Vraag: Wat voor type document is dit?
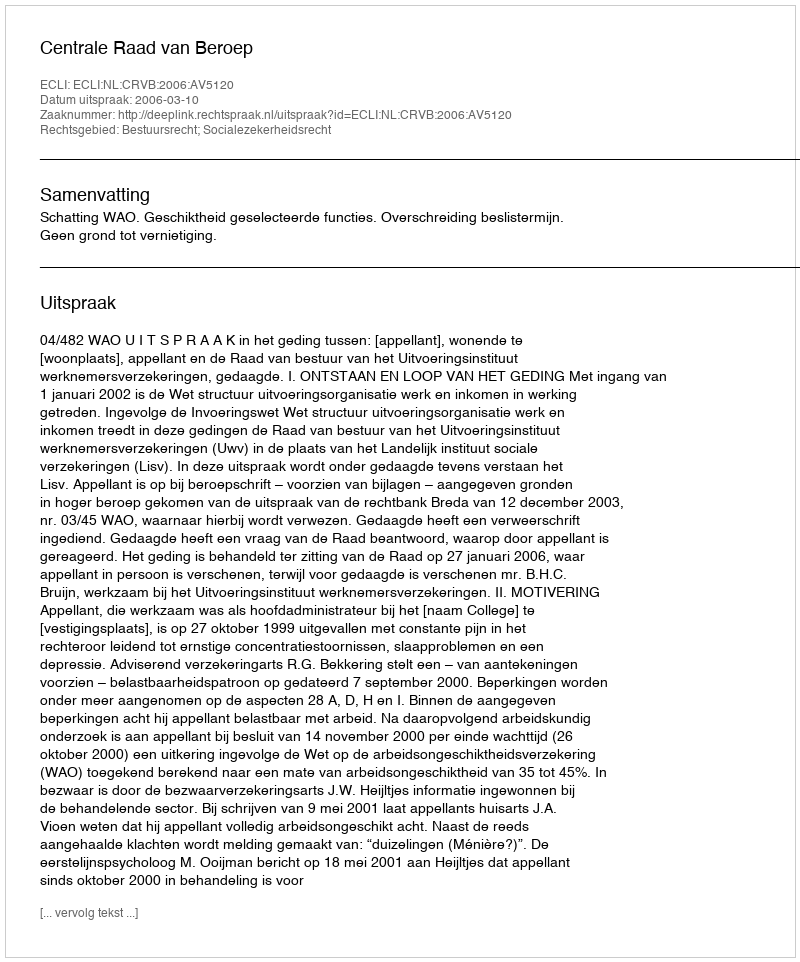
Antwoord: Uitspraak